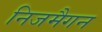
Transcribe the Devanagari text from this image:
निजमैगन